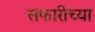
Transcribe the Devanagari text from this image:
सफारीच्या